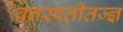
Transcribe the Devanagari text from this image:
वनस्पतीतज्ज्ञ